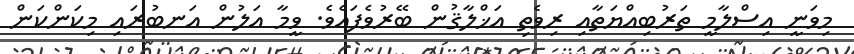
މިވަނީ އިސްލާމީ ތަރުބިއްޔަތާއި ރިވެތި އަޚްލާޤުން ބޭރުވެފައެވެ. ވީމާ އަލުން އަނބުރައި މިކަންކަން